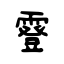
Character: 霯